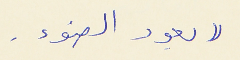
(( يعود الضوء